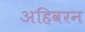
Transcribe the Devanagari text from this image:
अहिवरन